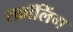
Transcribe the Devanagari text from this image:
स्क्रॉलिंग